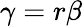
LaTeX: \gamma=r\beta